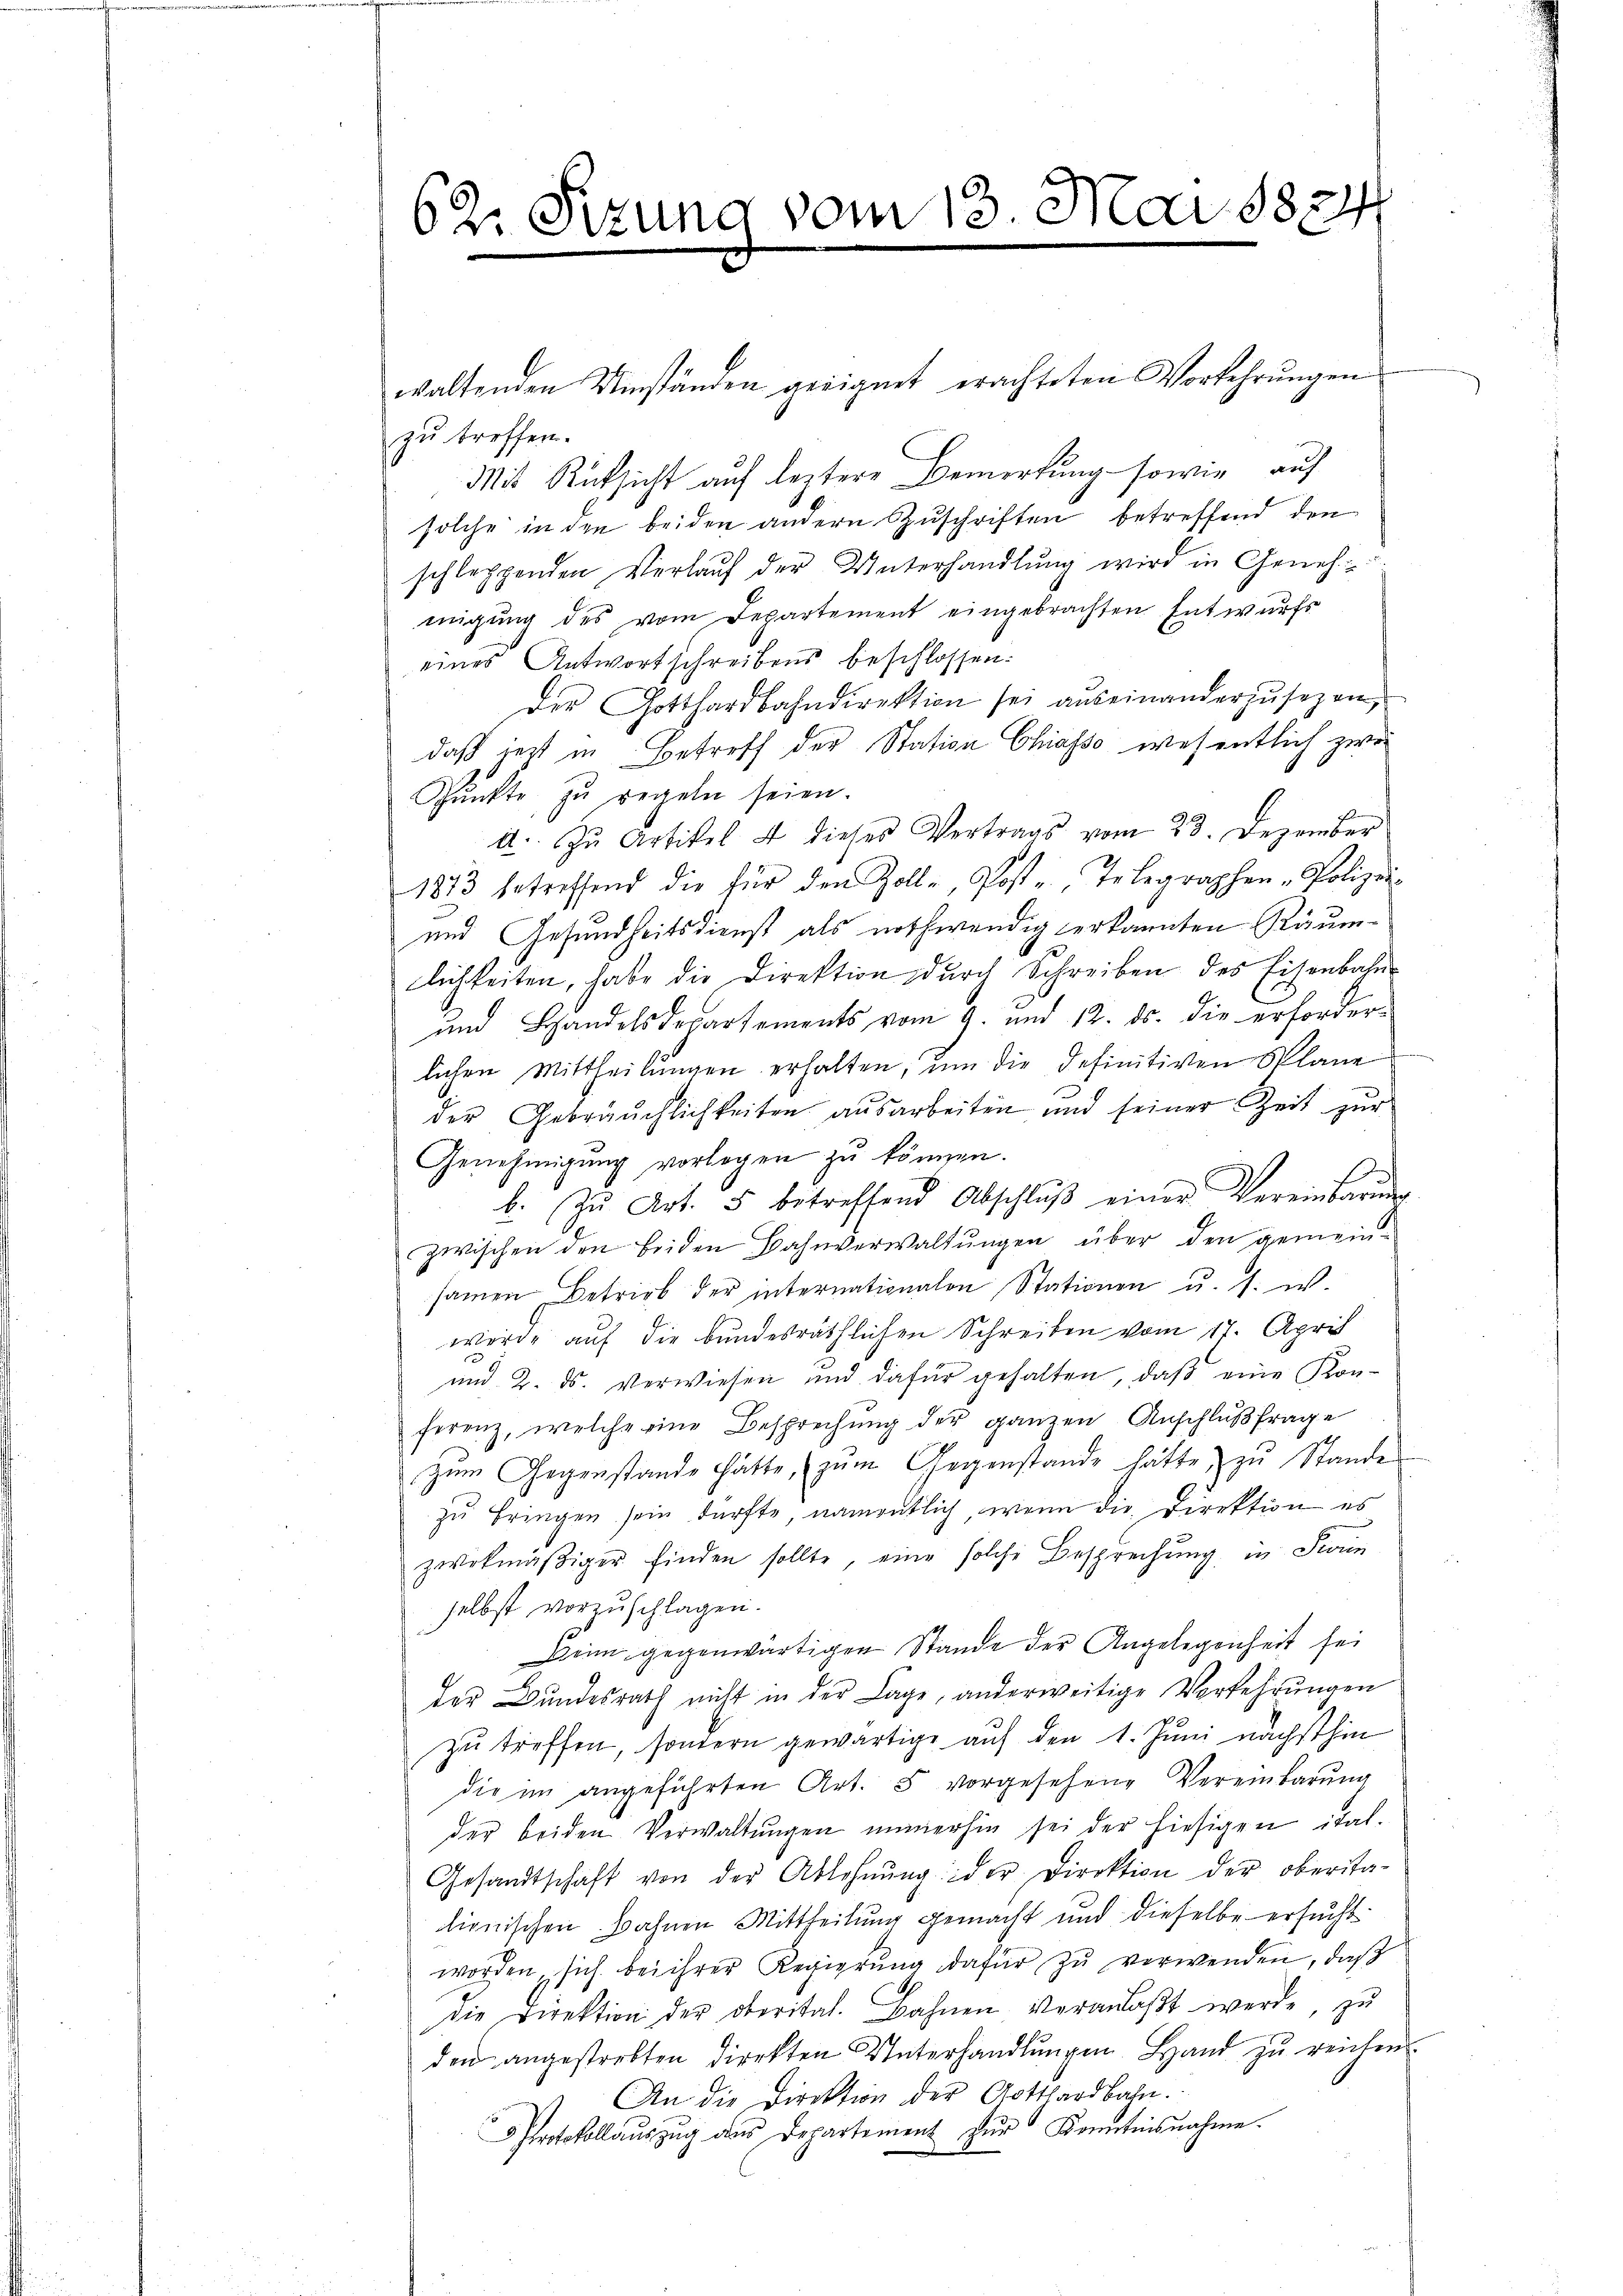
62. Sizung vom 13. Mai 1824

waltenden Umständen geeignet erachteten Vorkehrungen
zu treffen.
Mit Rücksicht auf leztere Bemerkung sowie auf
solche in den beiden andern Zuschriften betreffend den
schleppenden Verlauf der Unterhandlung wird in Genehmigung des vom Departement eingebrachten Entwurfs
eines Antwortschreibens beschlossen:
der Gotthardbahndirektion sei auseinanderzŭsezen,
daß jezt in Betreff der Station Chiasso, wesentlich zwi¬
Pŭnkte zŭ regeln seien.
a. Zu Artikel 4 dieses Vertrags vom 23. Dezember
1813 betreffend die für den Zoll-, Post Telegraphen-Polizei-
und Gesundheitsdienst als nothwendig erkannten Räumlichkeiten, habe die Direktion durch Schreiben des Eisenbahn¬
und Handelsdepartements vom 9. und 12. ds. die erforderlichen Mittheilungen erhalten, um die definitiven Plane
der Gebräuchlichkeiten ausarbeiten und seiner Zeit zur
Genehmigung vorlegen zu können.
b. Zŭ Art. 5 betreffend Abschlŭβ einer Vereinbarŭng
zwischen den beiden Bahnverwaltŭngen über den gemein-
samen Betrieb der internationalen Stationen u. s. w.
wurde auf die bundesräthlichen Schreiben vom 17. April
und 2. ds. Verwiesen und dafür gehalten, daß eine Konferenz, welche eine Besprechung der ganzen Anschlußfrage
zum Gegenstande hätte, zum Gegenstande hätte zu Stande
zu bringen sein dürfte, namentlich, wenn die Direktion es
zwekmäßiger finden sollte, eine solche Besprechung in Fraue
selbst vorzuschlagen.
Beim gegenwärtigen Stande der Angelegenheit sei
der Bundesrath nicht in der Lage, anderweitige Verkehrungen
zu treffen, sondern gewärtige auf den 1. Juni nächsthin
die im angeführten Art. 5 vorgesehene Vereinbarung
der beiden Verwaltŭngen immerhin sei der hiesigen ital.
Gesandtschaft von der Ablehnŭng der Direktion der oberita-
lienischen Bahnen Mittheilung gemacht und dieselbe ersucht
worden, sich bei ihrer Regierŭng dafür zŭ verwenden, daß
die Direktion der oberital. Bahnen veranlaβt werde, zŭ
den angestrebten Direkten Unterhandlŭngen Hand zu reichen.
An die Direktion der Aathardbahn.
 Protokollauszug des Departement zur Kenntnisnahme.